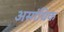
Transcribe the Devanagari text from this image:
असांधिक